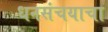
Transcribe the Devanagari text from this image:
धनसंचयाचा